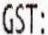
GST: